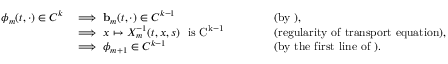
\begin{array} { r l r l } { \phi _ { m } ( t , \cdot ) \in C ^ { k } } & { \implies \ensuremath { \mathbf { b } } _ { m } ( t , \cdot ) \in C ^ { k - 1 } } & & { \qquad \mathrm { ( b y ~ ) , } } \\ & { \implies x \mapsto X _ { m } ^ { - 1 } ( t , x , s ) \ \mathrm { ~ i s ~ C ^ { k - 1 } ~ } } & & { \qquad \mathrm { ( r e g u l a r i t y ~ o f ~ t r a n s p o r t ~ e q u a t i o n ) , } } \\ & { \implies \phi _ { m + 1 } \in C ^ { k - 1 } } & & { \qquad \mathrm { ( b y ~ t h e ~ f i r s t ~ l i n e ~ o f ~ ) . } } \end{array}